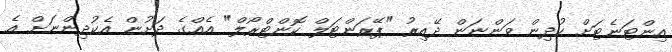
އިންޓަނެޓަށް ކުދިން ވަންނަން ދޭއިރު "ޕޭރަންޓަލް ކޮންޓްރޯލް" އެއްގެ ދަށުން އެކުދިންނަށް އެ